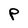
Character: P